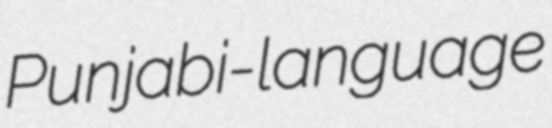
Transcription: Punjabi-language